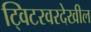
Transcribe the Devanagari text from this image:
ट्विटरवरदेखील